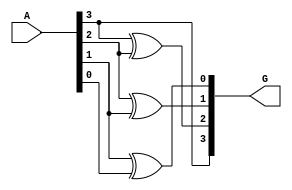
`timescale 1ns / 1ps
//////////////////////////////////////////////////////////////////////////////////
// Company: 
// Engineer: 
// 
// Design Name: 
// Module Name: binary_to_greycode
// Project Name: 
// Target Devices: 
// Tool Versions: 
// Description: 
// 
// Dependencies: 
// 
// Revision:
// Revision 0.01 - File Created
// Additional Comments:
// 
//////////////////////////////////////////////////////////////////////////////////


module binary_to_greycode(A,G);
input [3:0]A;
output [3:0]G;

assign G[3]=A[3];
assign G[2]=A[3]^A[2];
assign G[1]=A[2]^A[1];
assign G[0]=A[1]^A[0];
endmodule